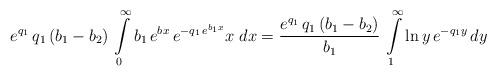
LaTeX: \begin{align*}e^{q_1} \, q_1 \, (b_1 - b_2) \, \int\limits_{0}^{\infty} b_1 \, e^{b x} \, e^{-q_1 \, e^{b_1 x}} x \; dx= \frac{e^{q_1} \, q_1 \, (b_1 - b_2)}{b_1} \, \int\limits_{1}^{\infty} \ln y \, e^{-q_1 y} \, dy\end{align*}